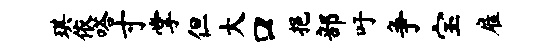
琪依嗒寸掌但大口挹部吁争宝雇